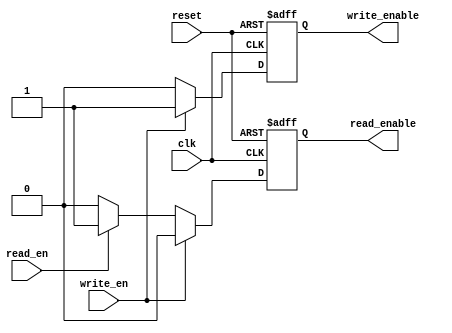
module fifo_timing_control(
    input wire clk,
    input wire reset,
    input wire write_en,
    input wire read_en,
    output reg write_enable,
    output reg read_enable
);

// Timing control block
always @(posedge clk or posedge reset) begin
    if (reset) begin
        write_enable <= 0;
        read_enable <= 0;
    end else begin
        if (write_en) begin
            write_enable <= 1;
            read_enable <= 0;
        end else if (read_en) begin
            write_enable <= 0;
            read_enable <= 1;
        end else begin
            write_enable <= 0;
            read_enable <= 0;
        end
    end
end

endmodule